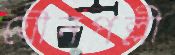
যৌনপল্লী